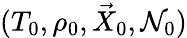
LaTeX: (T_{0},\rho_{0},\vec{X}_{0},{\cal N}_{0})